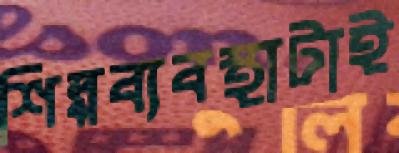
শিল্পব্যবস্থাটাই